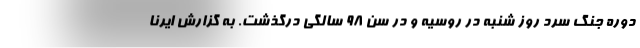
دوره جنگ سرد روز شنبه در روسیه و در سن ۹۸ سالگی درگذشت. به گزارش ایرنا